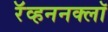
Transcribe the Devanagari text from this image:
रॅव्हननक्लॉ